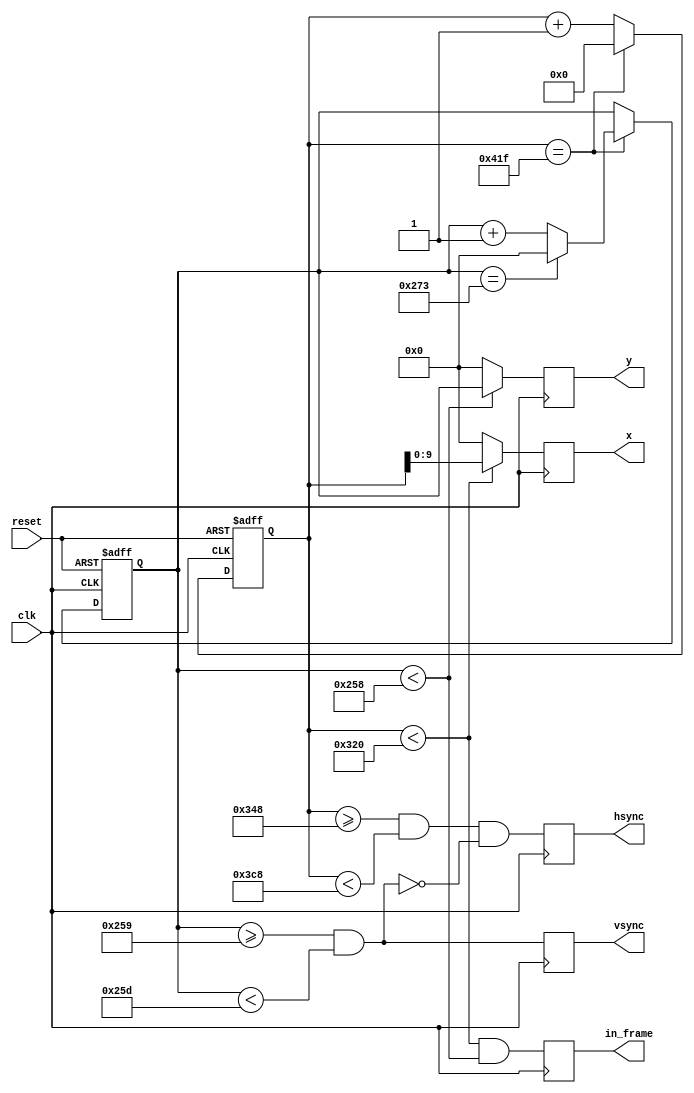
`default_nettype none

module vga_timing #(
	// VGA display mode. Units in pixels
	parameter	HZNT_WIDTH	= 800,		// display width
	parameter	HZNT_RRONTP	= 40,		// horizontal front porch
	parameter	HZNT_SYNC	= 128,		// horizontal sync
	parameter	HZNT_BACKP	= 88,		// horizontal back porch
	parameter	VERT_HEIGHT	= 600,		// vertical height
	parameter	VERT_FRONTP	= 1,		// vertical front porch
	parameter	VERT_SYNC	= 4,		// vertical sync
	parameter	VERT_BACKP	= 23,		// vertical back porch

	// Coordinates bit width
	parameter	HZNT_COOR_BITS	= $clog2(HZNT_WIDTH),
	parameter	VERT_COOR_BITS	= $clog2(VERT_HEIGHT)
) (
	input wire	clk,				// per-pixel clock
	input wire	reset,				// async reset signal
	
	output reg [HZNT_COOR_BITS - 1:0] x,		// pixel x-coordinate (0 <= x < HZNT_WIDTH)
	output reg [VERT_COOR_BITS - 1:0] y,		// pixel y-coordinate (0 <= y < VERT_HEIGHT)
	output reg	in_frame,			// whether x and y are within display area
	output reg	hsync,				// in horizontal sync
	output reg	vsync				// in vsync
);

	localparam	HZNT_FULL_WIDTH   = HZNT_WIDTH  + HZNT_RRONTP + HZNT_SYNC + HZNT_BACKP;
	localparam	VERT_FULL_HEIGHT  = VERT_HEIGHT + VERT_FRONTP + VERT_SYNC + VERT_BACKP;
	localparam	HZNT_WIDTH_BITS   = $clog2(HZNT_FULL_WIDTH);
	localparam	VERT_HEIGHT_BITS  = $clog2(VERT_FULL_HEIGHT);


	reg [HZNT_WIDTH_BITS  - 1:0]	hc = 0;		// horizontal counter
	reg [VERT_HEIGHT_BITS - 1:0]	vc = 0; 	// vertical counter

	always @(posedge clk or posedge reset) begin
		if (reset == 1'b1) begin
			hc <= 0;
			vc <= 0;
		end else begin
			hc <= (hc == HZNT_FULL_WIDTH - 1) ? 0 : hc + 1;
			if (hc == HZNT_FULL_WIDTH - 1) begin
				vc <= (vc == VERT_FULL_HEIGHT - 1) ? 0 : vc + 1;
			end
		end
	end

	reg vsync_loc, hsync_loc;
	always @(posedge clk) begin
		x <= (hc < HZNT_WIDTH)  ? hc : 0;
		y <= (vc < VERT_HEIGHT) ? vc : 0;
		in_frame <= (hc < HZNT_WIDTH && vc < VERT_HEIGHT);

		vsync_loc = (vc >= VERT_HEIGHT + VERT_FRONTP && vc < VERT_FULL_HEIGHT - VERT_BACKP);
		hsync_loc = (hc >= HZNT_WIDTH + HZNT_RRONTP && hc < HZNT_FULL_WIDTH - HZNT_BACKP);

		vsync <= vsync_loc;
		hsync <= (hsync_loc && !vsync_loc);
	end

endmodule